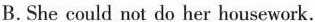
B.She could not do her housework.